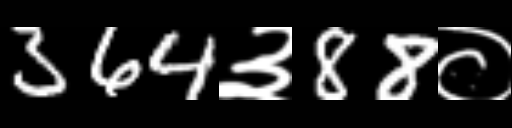
Text: 364३88०